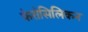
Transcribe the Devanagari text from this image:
फेरोसिलिकन